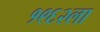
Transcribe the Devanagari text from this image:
१९६२ला